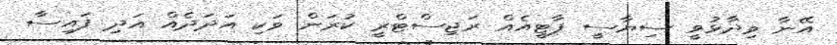
އޭނާ ވިދާޅުވީ ސިޔާސީ ޕާޓީއެއް ރަޖިސްޓްރީ ކުރަން ވަކި އަދަދެއް އަދި ފައިސާ